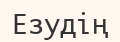
Езудің